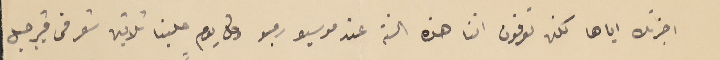
اخبرتك اياها لكن تعرفون اننا هذه السنة عند موسيو ربو وكل يومٍ علينا ثلاثين تعرفى ڤيرجيل